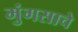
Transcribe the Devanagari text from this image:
मुंगसाचे